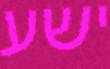
ישע